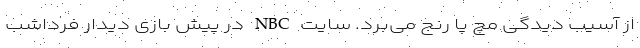
از آسیب دیدگی مچ پا رنج می‌برد. سایت NBC در پیش بازی دیدار فرداشب